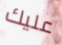
عليك